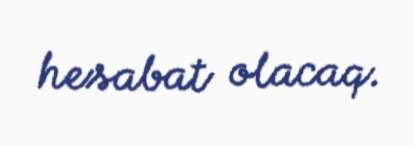
hesabat olacaq.